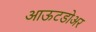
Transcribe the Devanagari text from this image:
आऊटडोअर